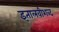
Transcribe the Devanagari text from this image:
इतालवीशब्द